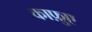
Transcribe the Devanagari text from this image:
काफ़ुए